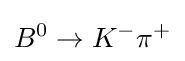
B^{0}\to K^{-}\pi ^{+}